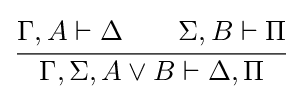
{\cfrac {\Gamma ,A\vdash \Delta \qquad \Sigma ,B\vdash \Pi }{\Gamma ,\Sigma ,A\lor B\vdash \Delta ,\Pi }}